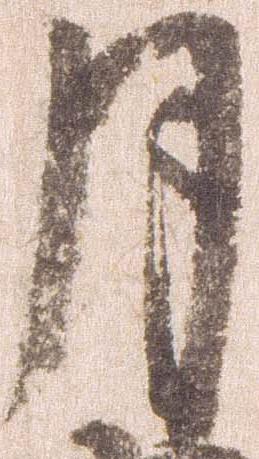
月